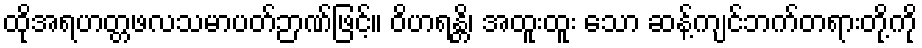
ထိုအရဟတ္တဖလသမာပတ်ဉာဏ်ဖြင့်။ ဝိဟရန္တိ၊ အထူးထူး သော ဆန့်ကျင်ဘက်တရားတို့ကို